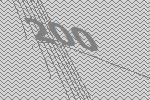
200